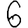
Digit: 6